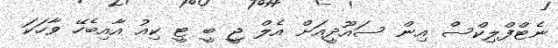
ނެޓްފްލިކްސް އިން ސައޫދީއަށް އެލް ޖީ ބީ ޓީ ކިއު އާއިބެހޭ ވާހަކަ